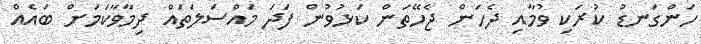
ހަންގަނޑު ކުރަކި ވުމާއި ދެހަން ޖެހޭތަން ކަޅުވުން ފަދަ މައްސަލަތައް ދިމާވާކަމަށް ބައެއް